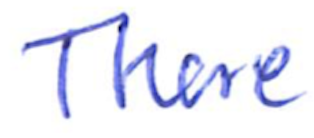
Text: There
Cross-out: clean
Writing tool: ballpoint